Annual administration report of the Civil Veterinary Department of India - 1893-1894
Year: 1893
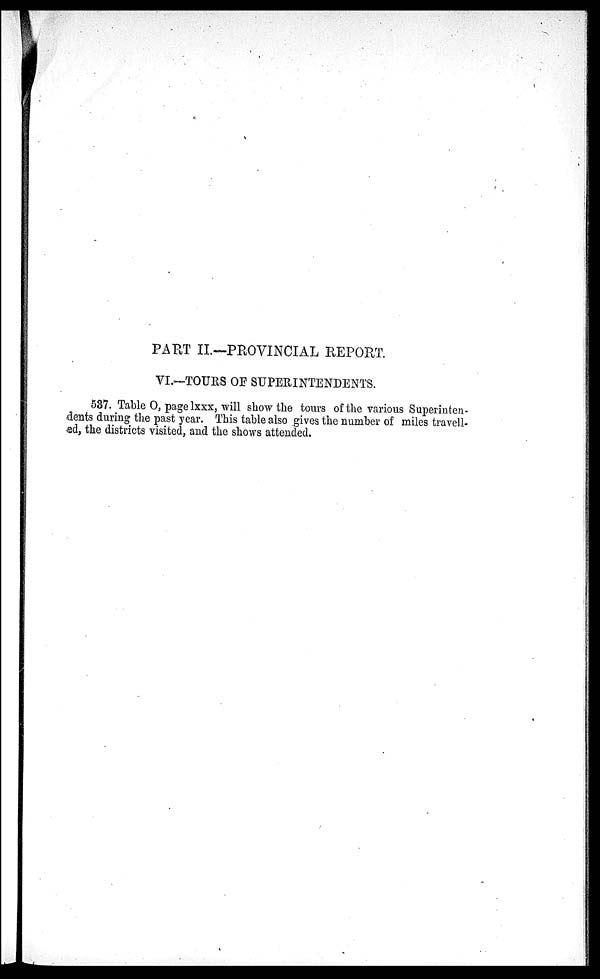
PART II.— PROVINCIAL REPORT.
VI.—TOURS OF SUPERINTENDENTS.
537. Table O, page lxxx, will show the tours of the various Superinten-
dents during the past year. This table also gives the number of miles travell-
ed, the districts visited, and the shows attended.